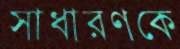
সাধারণকে